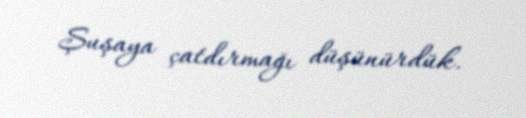
Şuşaya çatdırmağı düşünürdük.